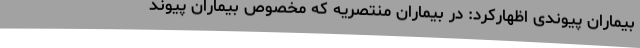
بیماران پیوندی اظهارکرد: در بیماران منتصریه که مخصوص بیماران پیوند